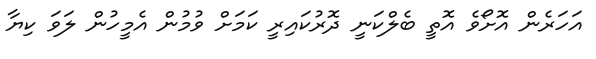
އަހަރެން އޮށޯވެ އޮތީ ބެލްކަނީ ދޮރުކައިރީ ކަމަށް ވުމުން އެމީހުން ލަވަ ކިޔާ